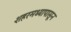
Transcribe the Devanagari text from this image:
शहरमध्यापासून